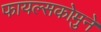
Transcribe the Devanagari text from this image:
फायल्सकोमुने